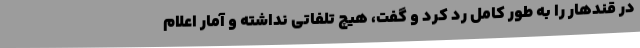
در قندهار را به طور کامل رد کرد و گفت، هیچ تلفاتی نداشته و آمار اعلام